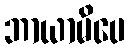
ဘာယာမိပေ